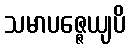
သမာပဇ္ဇေယျပိ